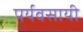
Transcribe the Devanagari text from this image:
पर्यवसायी